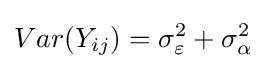
Var(Y_{ij})=\sigma _{\varepsilon }^{2}+\sigma _{\alpha }^{2}